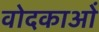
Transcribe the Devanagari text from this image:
वोदकाओं